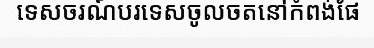
ទេសចរណ៍បរទេសចូលចតនៅកំពង់ផែ